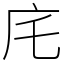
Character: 㡯